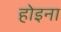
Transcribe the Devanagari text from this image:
होइना